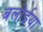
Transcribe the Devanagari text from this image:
बलोईया